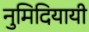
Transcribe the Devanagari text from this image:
नुमिदियायी